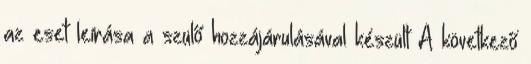
az eset leírása a szülő hozzájárulásával készült A következő